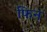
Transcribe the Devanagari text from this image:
फिन